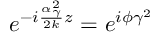
e ^ { - i \frac { \alpha _ { \gamma } ^ { 2 } } { 2 k } z } = e ^ { i \phi \gamma ^ { 2 } }